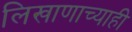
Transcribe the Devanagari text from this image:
लिखाणाच्याही